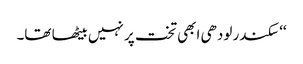
‘‘ سکندر لودھی ابھی تخت پر نہیں بیٹھا تھا۔